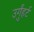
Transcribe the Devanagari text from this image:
उर्गुंहर्ट